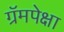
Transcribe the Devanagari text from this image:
ग्रॅमपेक्षा